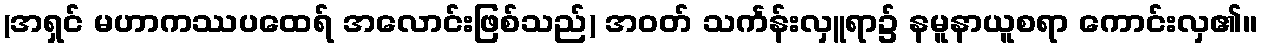
(အရှင် မဟာကဿပထေရ် အလောင်းဖြစ်သည်) အဝတ် သင်္ကန်းလှူရာ၌ နမူနာယူစရာ ကောင်းလှ၏။